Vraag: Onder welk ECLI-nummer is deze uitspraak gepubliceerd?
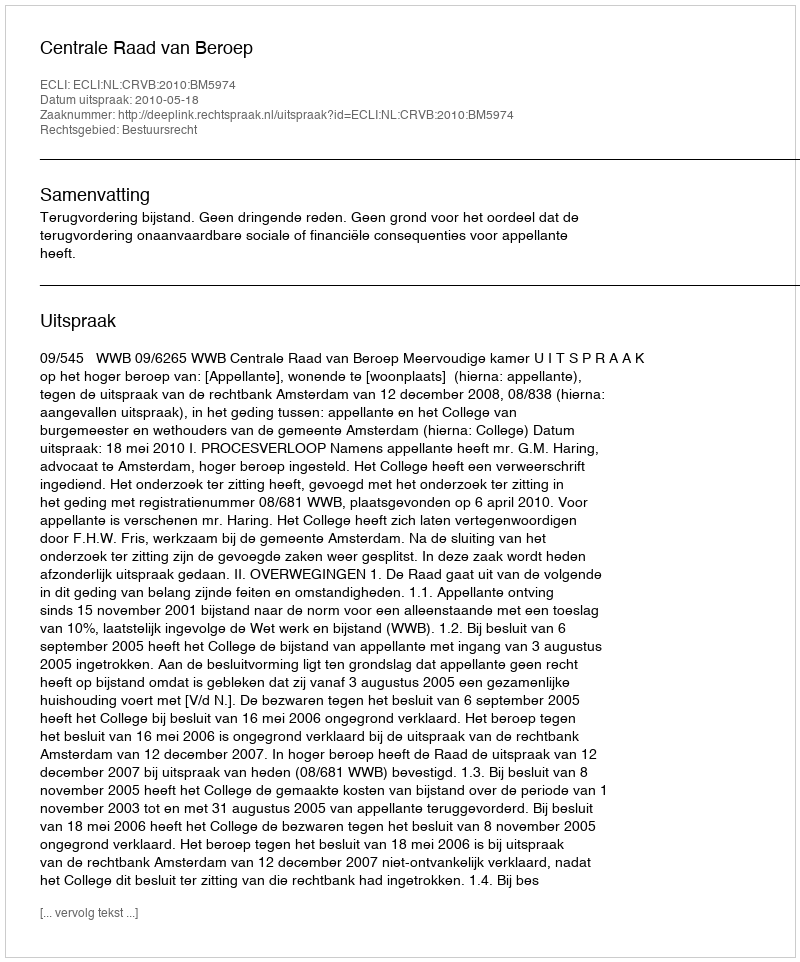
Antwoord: ECLI:NL:CRVB:2010:BM5974